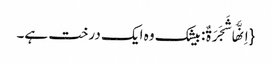
{اِنَّهَا شَجَرَةٌ: بیشک وہ ایک درخت ہے۔